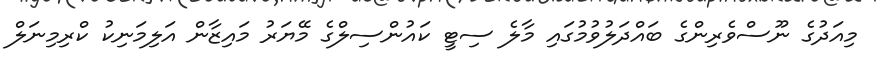
މިއަދުގެ ނޫސްވެރިންގެ ބައްދަލުވުމުގައި މާލެ ސިޓީ ކައުންސިލްގެ މޭޔަރު މައިޒާން އަލިމަނިކު ކްރިމިނަލް